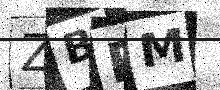
Text: ZBRM